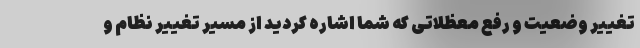
تغییر وضعیت و رفع معظلاتی که شما اشاره کردید از مسیر تغییر نظام و